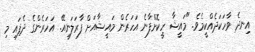
އިނދެ ވާހަކަދެއްކީމެވެ. "މައީޝާ ހީކޮށްފާނެ އަހަރެން މައީޝާއަށް ފާރަލަނީއޭ. އަހަރެންގެ ދެފައި މި